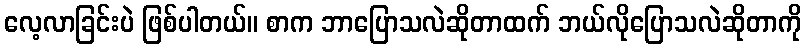
လေ့လာခြင်းပဲ ဖြစ်ပါတယ်။ စာက ဘာပြောသလဲဆိုတာထက် ဘယ်လိုပြောသလဲဆိုတာကို